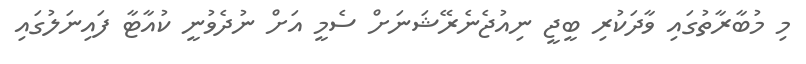
މި މުބާރާތުގައި ވާދަކުރި ބީޖީ ނިއުޖެނެރޭޝަނަށް ސެމީ އަށް ނުދެވުނީ ކުއާޓާ ފައިނަލުގައި